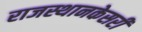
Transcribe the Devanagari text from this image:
राजस्थानकेसरी